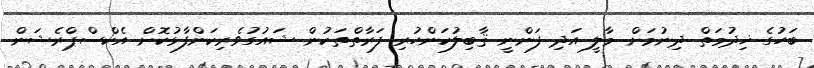
ބަހުގެ ޚިދުމަތް ދިނުމަށް މާލީ އަދި ފަންނީ ޤާބިލުކަންހުރި ފަރާތްތަކުން ޝައުގުވެރިކަންފާޅުކޮށް އެކްސްޕްރެޝަން